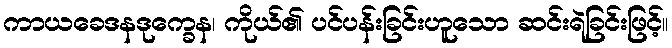
ကာယခေဒနဒုက္ခေန၊ ကိုယ်၏ ပင်ပန်းခြင်းဟူသော ဆင်းရဲခြင်းဖြင့်။